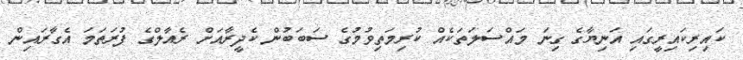
ކައިރިކައިރީގައި އަނިޔާގެ ގިނަ މައްސަލަތަކެއް ކުރިމަތިވުމުގެ ސަބަބުން ކެދީރާއަށް ރެއާލްގެ ފުރަތަމަ އެގާރައިން